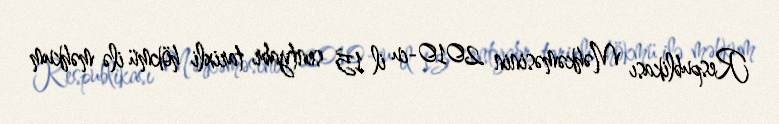
Respublikası Məhkəməsinin 2010-cu il 15 sentyabr tarixli hökmü ilə məhkum